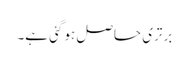
برتری حاصل ہو گئی ہے۔